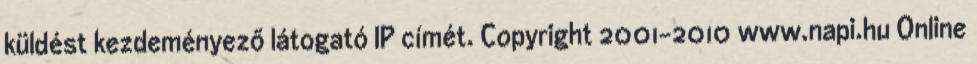
küldést kezdeményező látogató IP címét. Copyright 2001-2010 www.napi.hu Online